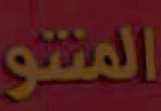
المنتو